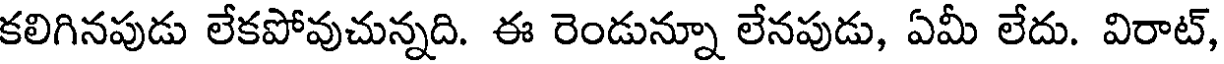
కలిగినపుడు లేకపోవుచున్నది. ఈ రెండున్నూ లేనపుడు, ఏమీ లేదు. విరాట్,